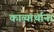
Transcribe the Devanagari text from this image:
काव्यार्थानां